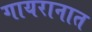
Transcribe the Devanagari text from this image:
गायरानात